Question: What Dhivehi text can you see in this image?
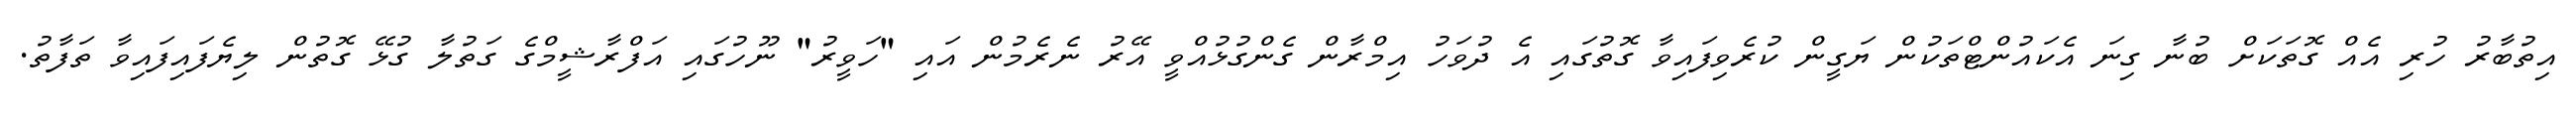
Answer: އިތުބާރު ހުރި އެއް ގޮތަކަށް ބުނާ ގިނަ އެކައުންޓްތަކުން ޔަގީން ކުރެވިފައިވާ ގޮތުގައި އެ ދުވަހު އިމްރާން ގެންގުޅުއްވީ އޭރު ނެރެމުން އައި "ހަވީރު" ނޫހުގައި އަފްރާޝީމްގެ ގަތުލާ ގުޅޭ ގޮތުން ލިޔެފައިފައިވާ ތަފާތު.